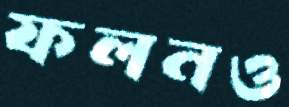
ফলনও